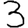
Digit: 3